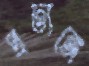
প্রত্যঙ্গে